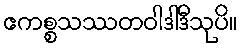
ဧကစ္စသဿတဝါဒါဒီသုပိ။